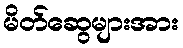
မိတ်ဆွေများအား